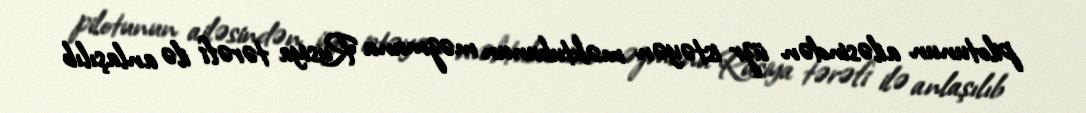
pilotunun ailəsindən üzr istəyən məktubunun məzmunu Rusiya tərəfi ilə anlaşılıb